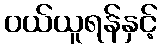
ဝယ်ယူရန်နှင့်